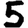
Digit: 5